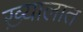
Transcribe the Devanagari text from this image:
ख़्यालात